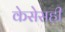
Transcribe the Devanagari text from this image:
केसेसही